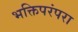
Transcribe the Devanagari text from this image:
भक्तिपरंपरा